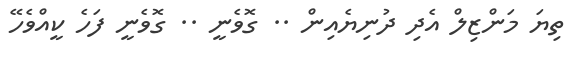
ތިޔަ މަންޒިލް އެދި ދުނިޔެއިން .. ގޮވެނީ .. ގޮވެނީ ފަހެ ކީއްވެހޭ